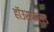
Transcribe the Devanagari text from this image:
हॉउसफेल्ड